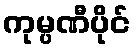
ကုမ္ပဏီပိုင်